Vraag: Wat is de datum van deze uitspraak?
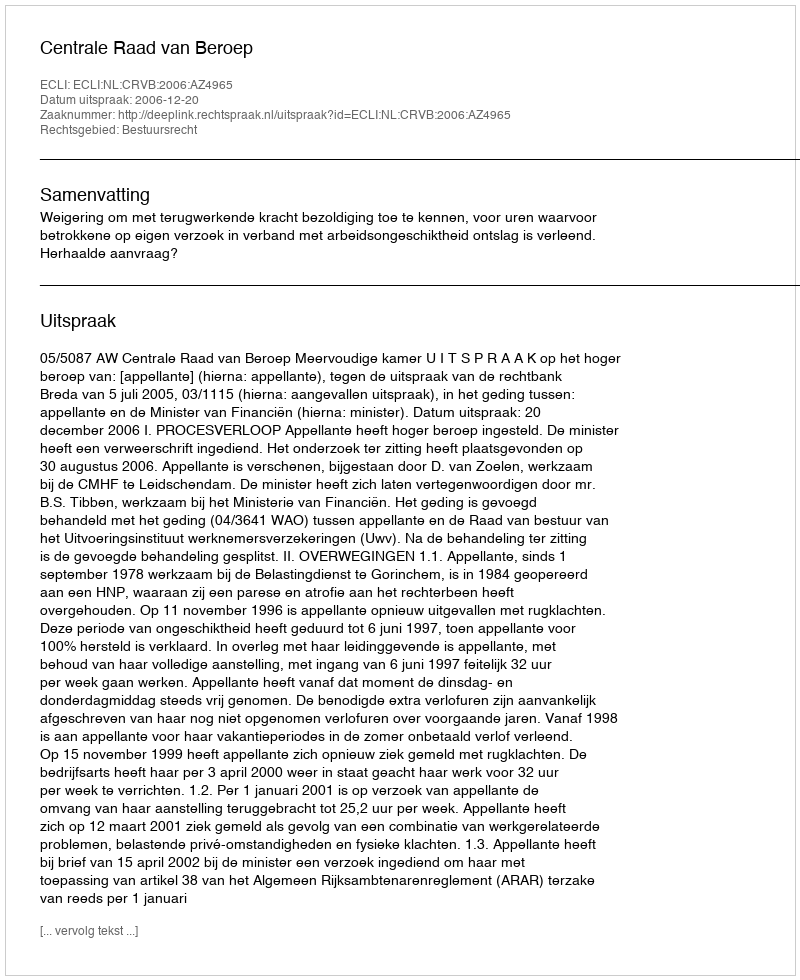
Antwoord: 2006-12-20